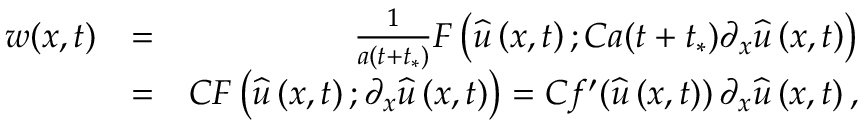
\begin{array} { r l r } { w ( x , t ) } & { = } & { \frac { 1 } { a ( t + t _ { * } ) } F \left( \widehat { u } \left( x , t \right) ; C a ( t + t _ { * } ) \partial _ { x } \widehat { u } \left( x , t \right) \right) } \\ & { = } & { C F \left( \widehat { u } \left( x , t \right) ; \partial _ { x } \widehat { u } \left( x , t \right) \right) = C f ^ { \prime } ( \widehat { u } \left( x , t \right) ) \, \partial _ { x } \widehat { u } \left( x , t \right) , } \end{array}